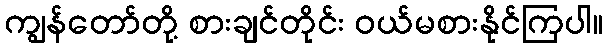
ကျွန်တော်တို့ စားချင်တိုင်း ဝယ်မစားနိုင်ကြပါ။